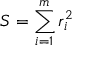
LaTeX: S = \sum _ { i = 1 } ^ { m } r _ { i } ^ { 2 }